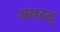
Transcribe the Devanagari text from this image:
अवरद